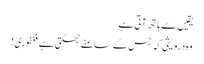
یقیں سے ہاتھ آتی ہے
وہ درویشی کہ جس کے سامنے جھکتی ہے فغفوری!